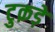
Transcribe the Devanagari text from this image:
टुक़ड़े